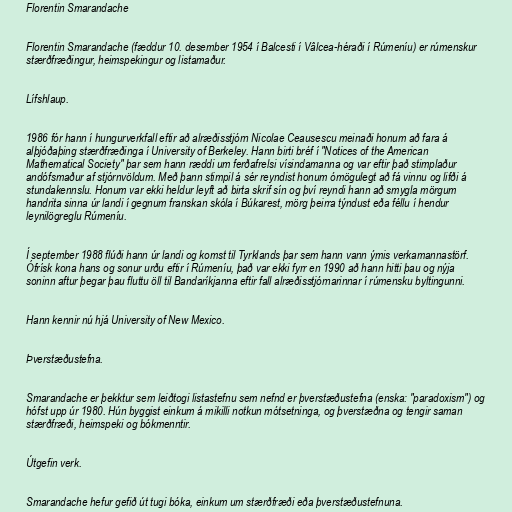
Florentin Smarandache

Florentin Smarandache (fæddur 10. desember 1954 í Balcesti í Vâlcea-héraði í Rúmeníu) er rúmenskur
stærðfræðingur, heimspekingur og listamaður.

Lífshlaup.

1986 fór hann í hungurverkfall eftir að alræðisstjórn Nicolae Ceausescu meinaði honum að fara á
alþjóðaþing stærðfræðinga í University of Berkeley. Hann birti bréf í "Notices of the American
Mathematical Society" þar sem hann ræddi um ferðafrelsi vísindamanna og var eftir það stimplaður
andófsmaður af stjórnvöldum. Með þann stimpil á sér reyndist honum ómögulegt að fá vinnu og lifði á
stundakennslu. Honum var ekki heldur leyft að birta skrif sín og því reyndi hann að smygla mörgum
handrita sinna úr landi í gegnum franskan skóla í Búkarest, mörg þeirra týndust eða féllu í hendur
leynilögreglu Rúmeníu.

Í september 1988 flúði hann úr landi og komst til Tyrklands þar sem hann vann ýmis verkamannastörf.
Ófrísk kona hans og sonur urðu eftir í Rúmeníu, það var ekki fyrr en 1990 að hann hitti þau og nýja
soninn aftur þegar þau fluttu öll til Bandaríkjanna eftir fall alræðisstjórnarinnar í rúmensku byltingunni.

Hann kennir nú hjá University of New Mexico.

Þverstæðustefna.

Smarandache er þekktur sem leiðtogi listastefnu sem nefnd er þverstæðustefna (enska: "paradoxism") og
hófst upp úr 1980. Hún byggist einkum á mikilli notkun mótsetninga, og þverstæðna og tengir saman
stærðfræði, heimspeki og bókmenntir.

Útgefin verk.

Smarandache hefur gefið út tugi bóka, einkum um stærðfræði eða þverstæðustefnuna.